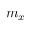
m _ { x }